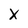
Character: X